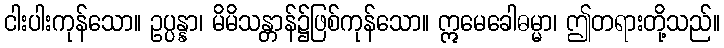
ငါးပါးကုန်သော။ ဥပ္ပန္နာ၊ မိမိသန္တာန်၌ဖြစ်ကုန်သော။ ဣမေခေါဓမ္မာ၊ ဤတရားတို့သည်။